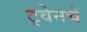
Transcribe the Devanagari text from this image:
ट्वेनचे